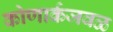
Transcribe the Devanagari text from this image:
कोणार्कजवळ